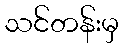
သင်တန်းမှ